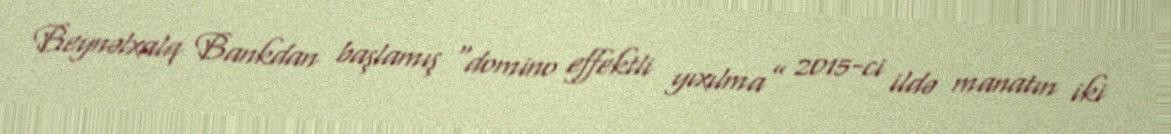
Beynəlxalq Bankdan başlamış “domino effektli yıxılma” 2015-ci ildə manatın iki